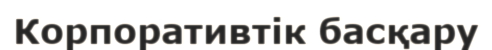
Корпоративтік басқару